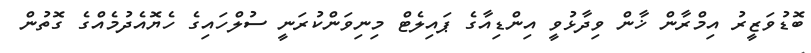
ބޮޑުވަޒީރު އިމްރާން ޚާން ވިދާޅުވީ އިންޑިއާގެ ޕައިލެޓް މިނިވަންކުރަނީ ސުލްހައިގެ ހެޔޮއެދުމެއްގެ ގޮތުން